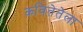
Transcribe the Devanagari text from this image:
कवितेतेला